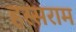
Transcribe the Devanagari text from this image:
हस्सराम